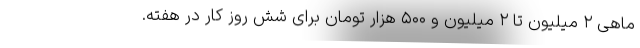
ماهی ۲ میلیون تا ۲ میلیون و ۵۰۰ هزار تومان برای شش روز کار در هفته.